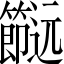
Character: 𨙌